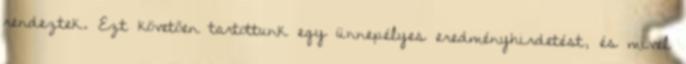
rendeztek. Ezt követően tartottunk egy ünnepélyes eredményhirdetést, és mivel